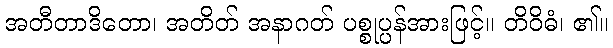
အတီတာဒိတော၊ အတိတ် အနာဂတ် ပစ္စုပ္ပန်အားဖြင့်။ တိဝိဓံ၊ ၏။